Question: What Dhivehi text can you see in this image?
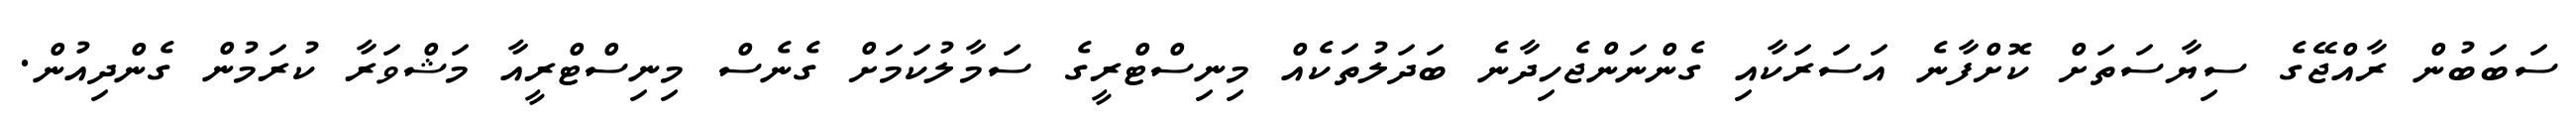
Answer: ސަބަބުން ރާއްޖޭގެ ސިޔާސަތަށް ކޮށްފާނެ އަސަރަކާއި ގެންނަންޖެހިދާނެ ބަދަލުތަކެއް މިނިސްޓްރީގެ ސަމާލުކަމަށް ގެނެސް މިނިސްޓްރީއާ މަޝްވަރާ ކުރަމުން ގެންދިއުން.